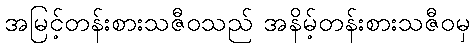
အမြင့်တန်းစားသဇီဝသည် အနိမ့်တန်းစားသဇီဝမှ